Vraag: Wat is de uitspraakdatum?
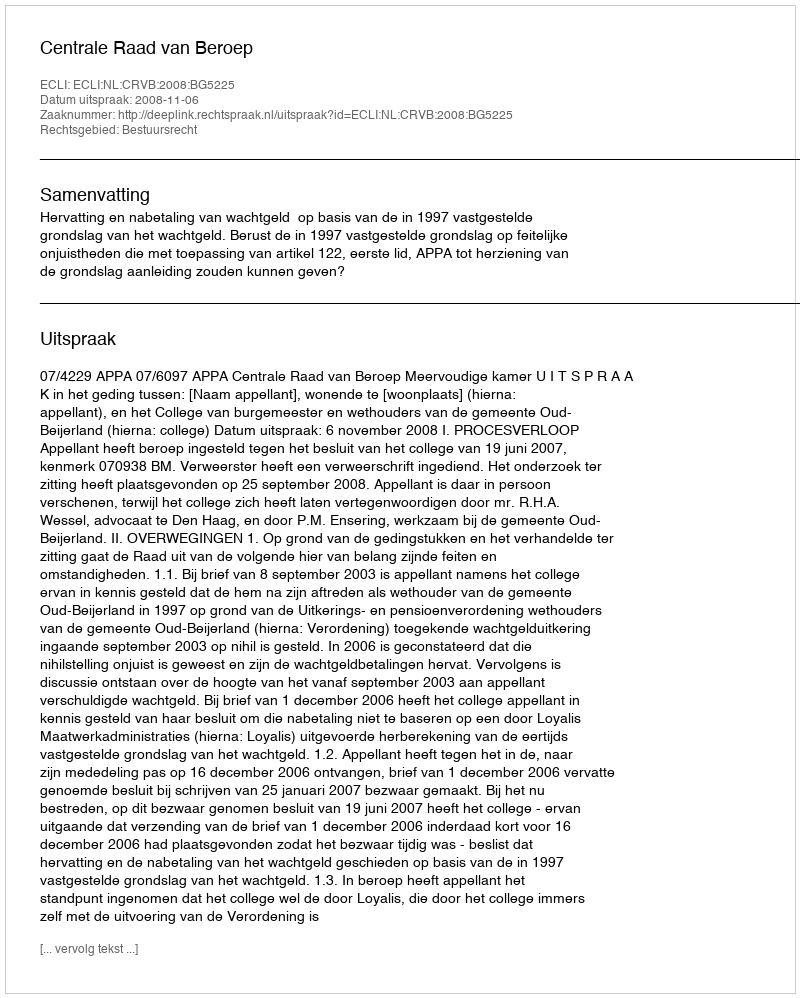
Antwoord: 2008-11-06